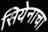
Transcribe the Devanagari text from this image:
सियेनाचा